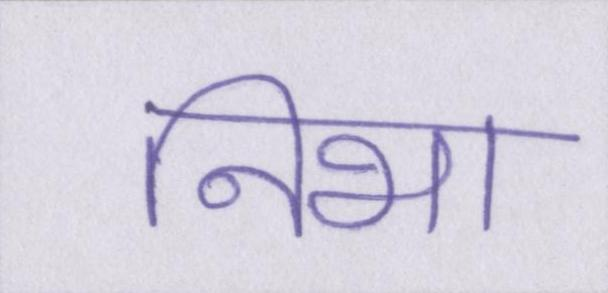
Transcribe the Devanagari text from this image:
निभा